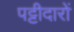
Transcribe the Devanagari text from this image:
पट्टीदारों